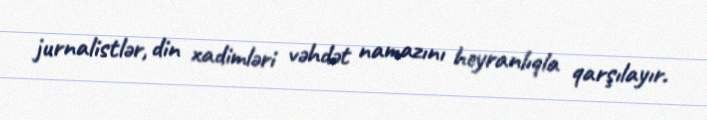
jurnalistlər, din xadimləri vəhdət namazını heyranlıqla qarşılayır.